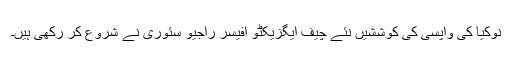
نوکیا کی واپسی کی کوششیں نئے چیف ایگزیکٹو افیسر راجیو سُئوری نے شروع کر رکھی ہیں۔